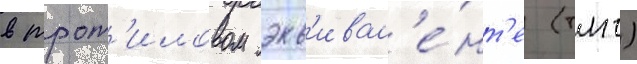
в трот'иловом экв'ивал'е́нт'е (тнт)